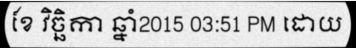
ខែ វិច្ឆិកា ឆ្នាំ2015 03:51 PM ដោយ